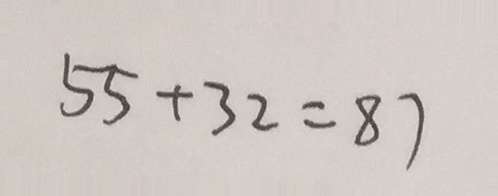
5 5 + 3 2 = 8 7